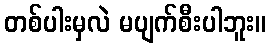
တစ်ပါးမှလဲ မပျက်စီးပါဘူး။